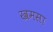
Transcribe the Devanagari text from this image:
खमसा